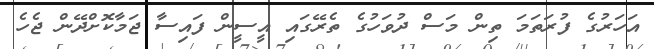
އަހަރުގެ ފުރަތަމަ ތިން މަސް ދުވަހުގެ ތެރޭގައި އީސީން ފައިސާ ޖަމާކޮށްދޭން ޖެހެ